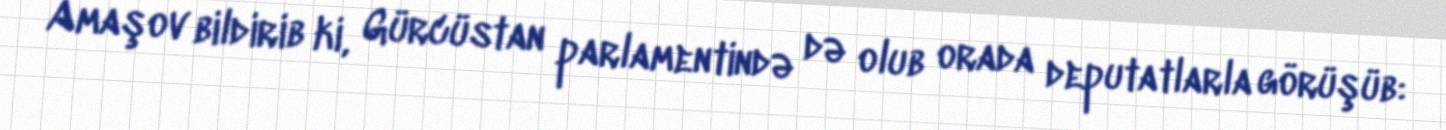
Amaşov bildirib ki, Gürcüstan parlamentində də olub orada deputatlarla görüşüb: